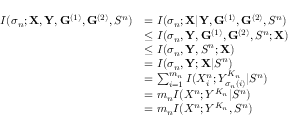
\begin{array} { r l } { I ( \sigma _ { n } ; \mathbf { X } , \mathbf { Y } , \mathbf { G } ^ { ( 1 ) } , \mathbf { G } ^ { ( 2 ) } , S ^ { n } ) } & { = I ( \sigma _ { n } ; \mathbf { X } | \mathbf { Y } , \mathbf { G } ^ { ( 1 ) } , \mathbf { G } ^ { ( 2 ) } , S ^ { n } ) } \\ & { \le I ( \sigma _ { n } , \mathbf { Y } , \mathbf { G } ^ { ( 1 ) } , \mathbf { G } ^ { ( 2 ) } , S ^ { n } ; \mathbf { X } ) } \\ & { \le I ( \sigma _ { n } , \mathbf { Y } , S ^ { n } ; \mathbf { X } ) } \\ & { = I ( \sigma _ { n } , \mathbf { Y } ; \mathbf { X } | S ^ { n } ) } \\ & { = \sum _ { i = 1 } ^ { m _ { n } } I ( X _ { i } ^ { n } ; Y _ { \sigma _ { n } ( i ) } ^ { K _ { n } } | S ^ { n } ) } \\ & { = m _ { n } I ( X ^ { n } ; Y ^ { K _ { n } } | S ^ { n } ) } \\ & { = m _ { n } I ( X ^ { n } ; Y ^ { K _ { n } } , S ^ { n } ) } \end{array}